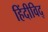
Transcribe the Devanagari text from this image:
हिंदीविद्‍